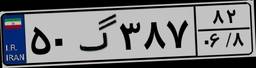
۵۰گ۳۸۷۸۲